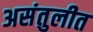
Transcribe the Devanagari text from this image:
असंतुलीत